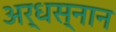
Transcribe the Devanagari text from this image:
अर्धस्नान